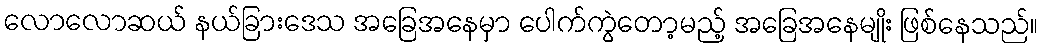
လောလောဆယ် နယ်ခြားဒေသ အခြေအနေမှာ ပေါက်ကွဲတော့မည့် အခြေအနေမျိုး ဖြစ်နေသည်။